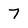
Character: 7